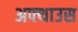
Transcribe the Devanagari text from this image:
अफ्थाउस